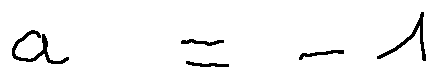
a = - 1